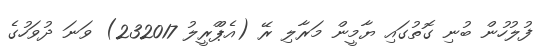
ފުލުހުން ބުނި ގޮތުގައި ޔާމީން މަރާލި ރޭ (އެޕްްރީލު 232017) ވަނަ ދުވަހުގެ